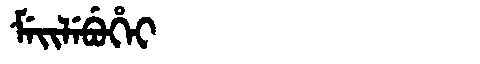
Manchu: ᠮᡝᡳᠯᡝᠪᡠᡥᡝᡳ
Romanization: MEILEBUHEI